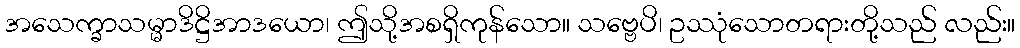
အသေက္ခာသမ္မာဒိဋ္ဌိအာဒယော၊ ဤသို့အစရှိကုန်သော။ သဗ္ဗေပိ၊ ဥဿုံသောတရားတို့သည် လည်း။